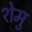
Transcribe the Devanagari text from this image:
शेमु